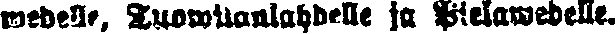
wedelle, Tuowilanlahdelle ja Pielawedelle.